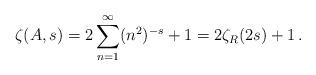
LaTeX: \begin{align*}\zeta(A,s)=2\sum_{n=1}^{\infty}(n^2)^{-s}+1=2\zeta_R(2s)+1 \,.\end{align*}